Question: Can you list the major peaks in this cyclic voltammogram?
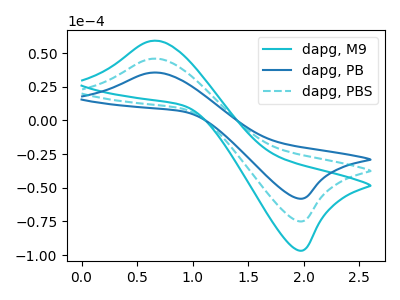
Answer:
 <answer>The cyan curve "dapg, M9" has an anodic peak at (0.70V, 91.85uA) and a cathodic peak at (1.95V, -149.75uA). The blue curve "dapg, PB" has an anodic peak at (0.70V, 35.60uA) and a cathodic peak at (1.95V, -58.05uA). The cyan dashed curve "dapg, PBS" has an anodic peak at (0.70V, 45.90uA) and a cathodic peak at (1.95V, -74.90uA).</answer>
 <eval></eval>